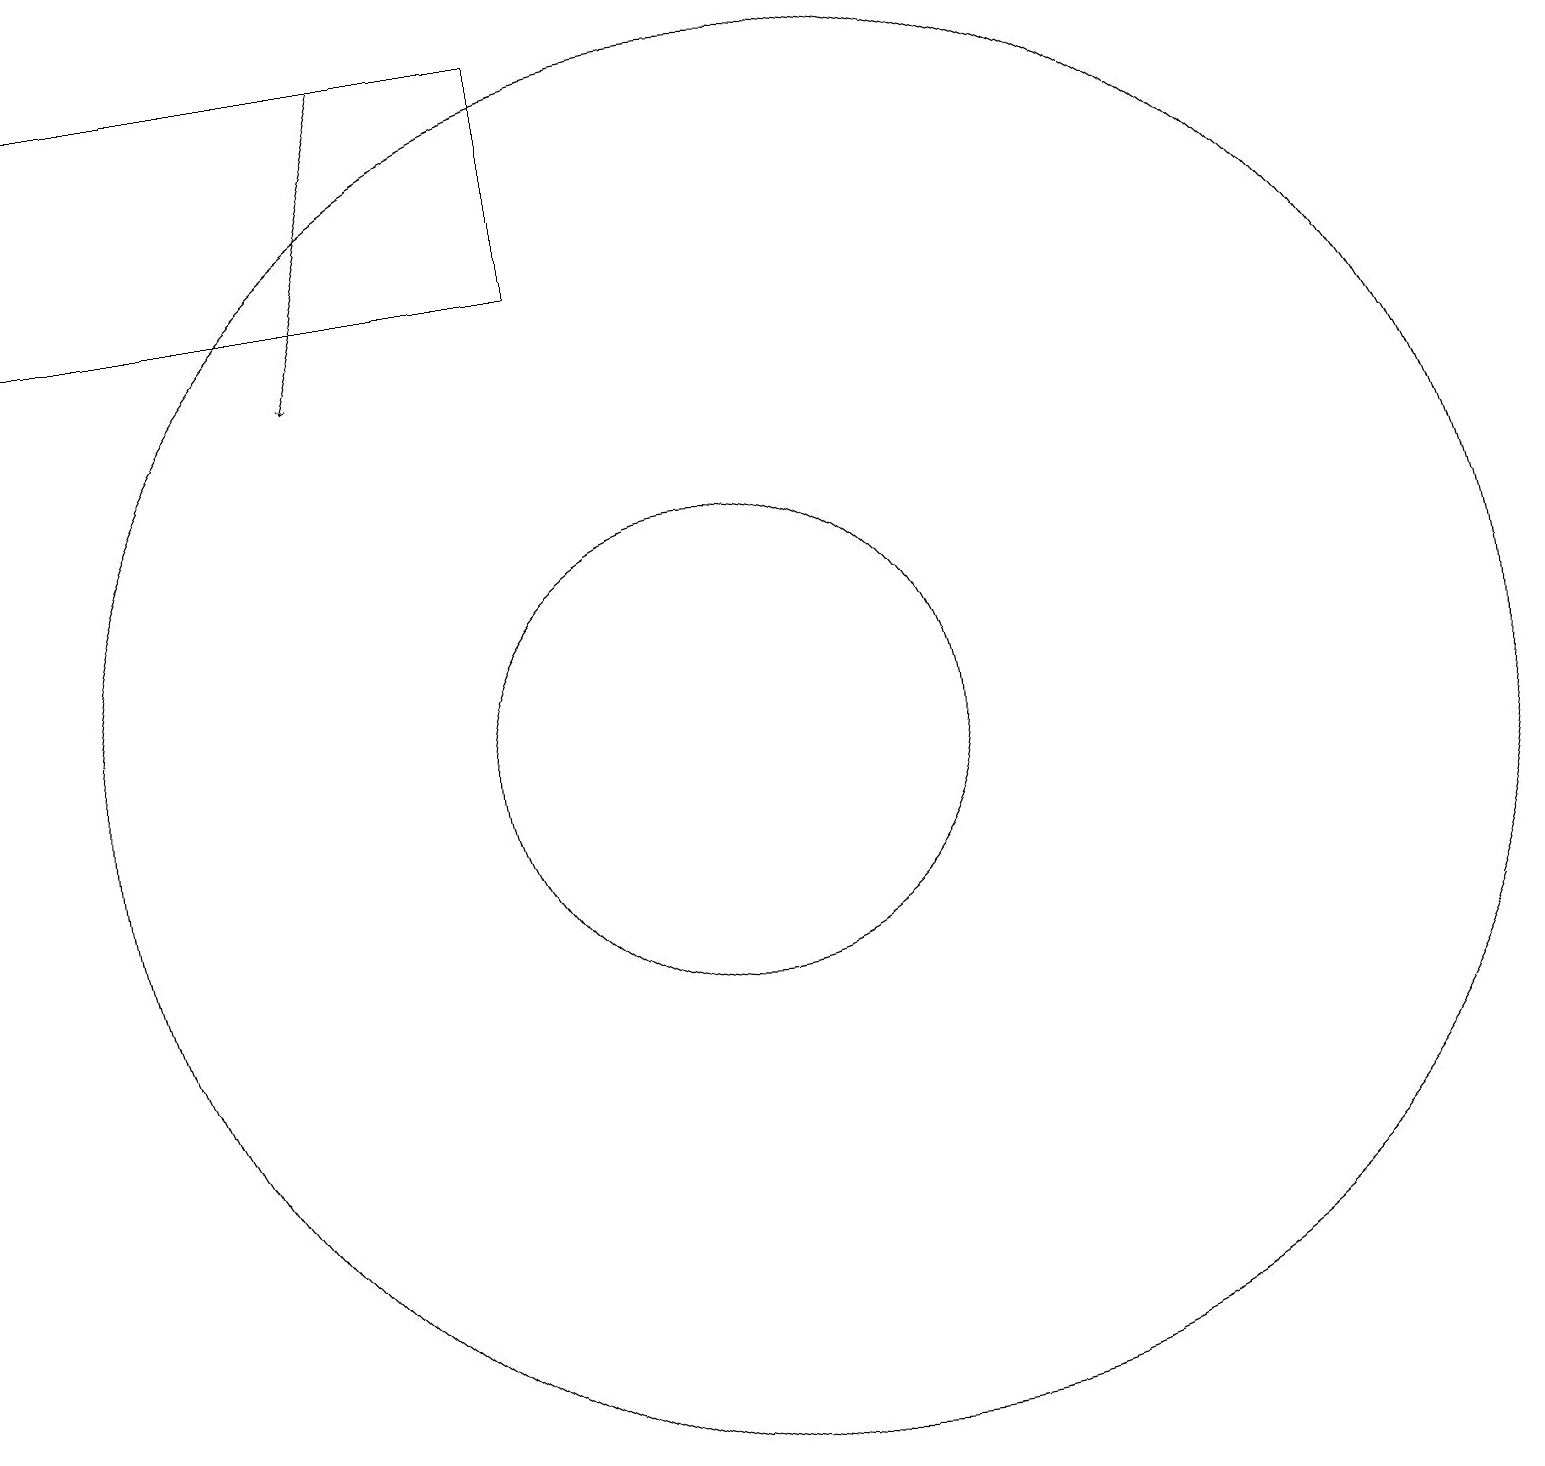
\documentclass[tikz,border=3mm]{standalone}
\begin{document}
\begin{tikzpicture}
\draw (8,16) rectangle (1,19);
\draw[->] (6,19) -- (5,15);
\draw (10,10) circle (3);
\draw (11,10) circle (9);
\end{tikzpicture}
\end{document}